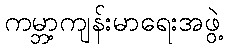
ကမ္ဘာ့ကျန်းမာရေးအဖွဲ့